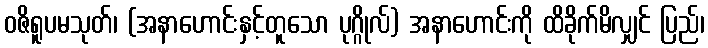
ဝဇိရူပမသုတ်၊ (အနာဟောင်းနှင့်တူသော ပုဂ္ဂိုလ်) အနာဟောင်းကို ထိခိုက်မိလျှင် ပြည်၊